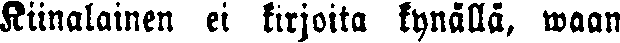
Kiinalainen ei kirjoita kynällä, waan